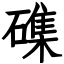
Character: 磼